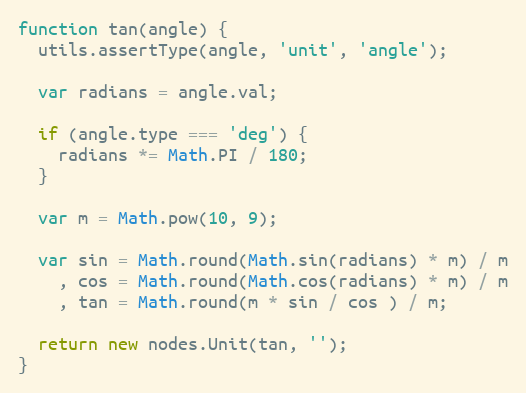
Language: JavaScript
function tan(angle) {
  utils.assertType(angle, 'unit', 'angle');

  var radians = angle.val;

  if (angle.type === 'deg') {
    radians *= Math.PI / 180;
  }

  var m = Math.pow(10, 9);

  var sin = Math.round(Math.sin(radians) * m) / m
    , cos = Math.round(Math.cos(radians) * m) / m
    , tan = Math.round(m * sin / cos ) / m;

  return new nodes.Unit(tan, '');
}